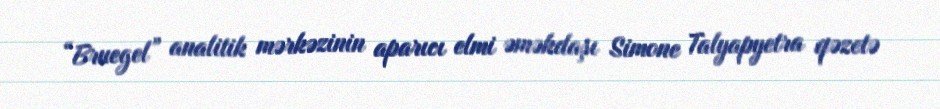
“Bruegel” analitik mərkəzinin aparıcı elmi əməkdaşı Simone Talyapyetra qəzetə